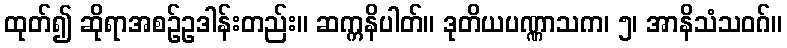
ထုတ်၍ ဆိုရာအစဉ်ဥဒါန်းတည်း။ ဆက္ကနိပါတ်။ ဒုတိယပဏ္ဏာသက၊ ၅၊ အာနိသံသဝဂ်။